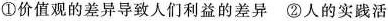
①价值观的差异导致人们利益的差异②人的实践活